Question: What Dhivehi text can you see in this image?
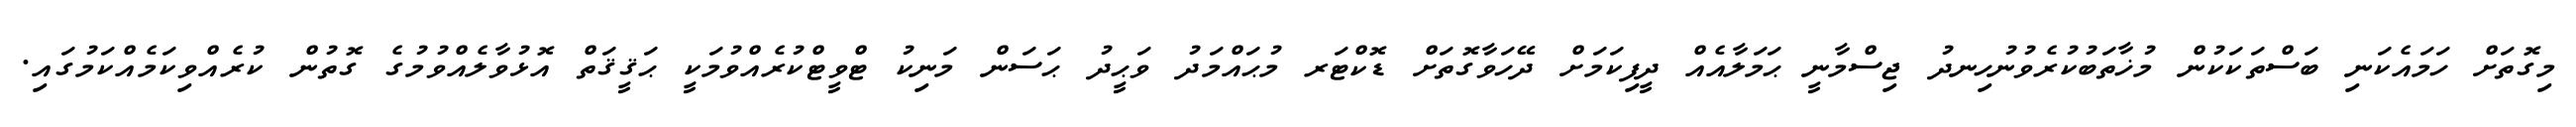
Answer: މިގޮތަށް ހަމައެކަނި ބަސްތަކަކުން މުޚާތަބުކުރެވުނުހިނދު ޖިސްމާނީ ޙަމަލާއެއް ދީފިކަމަށް ދޭހަވާގޮތަށް ޑޮކްޓަރ މުޙައްމަދު ވަޙީދު ޙަސަން މަނިކު ޓްވީޓްކުރެއްވުމަކީ ޙަޤީޤަތް އޮޅުވާލެއްވުމުގެ ގޮތުން ކުރެއްވިކަމެއްކަމުގައި.